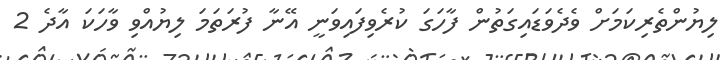
ލިޔުންތެރިކަމަށް ވެދެވަޑައިގަތުން ފާހަގަ ކުރެވިފައިވަނީ އޭނާ ފުރަތަމަ ލިޔުއްވި ވާހަކަ އާދެ 2